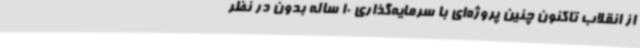
از انقلاب تاکنون چنین پروژه‌ای با سرمایه‌گذاری 10 ساله بدون در نظر